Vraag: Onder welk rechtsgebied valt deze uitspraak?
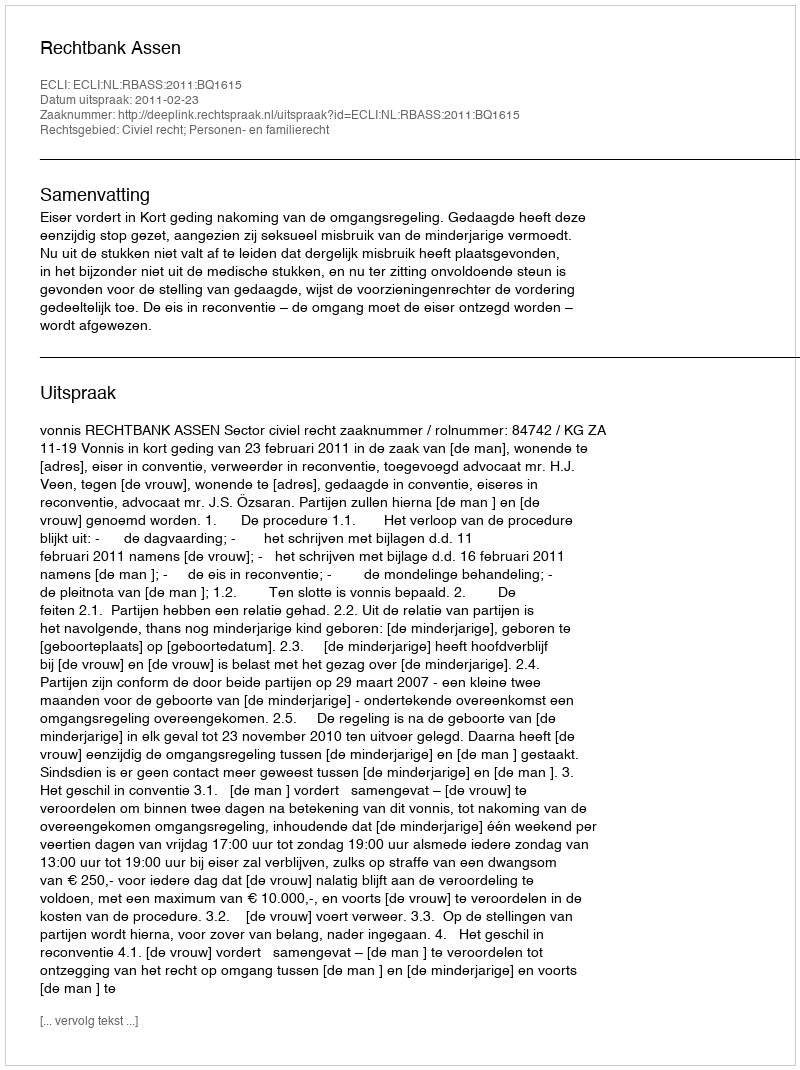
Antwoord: Civiel recht; Personen- en familierecht